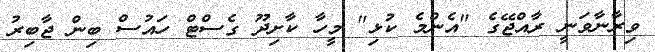
ވިރާނާވަނީ ރާއްޖޭގެ "އެންމެ ކުޅި" މީހާ ކާށިދޫ ގެސްޓް ހައުސް ބިން ޖާބިރު